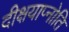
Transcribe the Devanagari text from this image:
दीक्षयाप्नोति